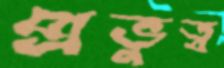
প্রভুত্ব